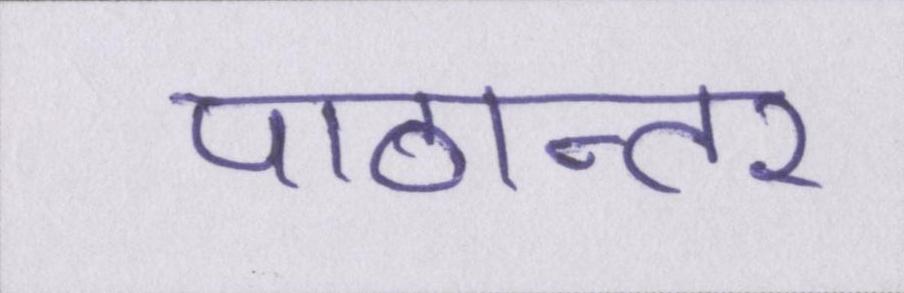
पाठान्तर